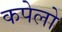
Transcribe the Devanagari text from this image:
कपेलो